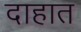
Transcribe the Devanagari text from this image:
दाहात